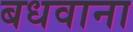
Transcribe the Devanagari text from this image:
बधवाना